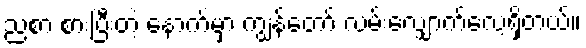
ညစာ စားပြီးတဲ့ နောက်မှာ ကျွန်တော် လမ်းလျှောက်လေ့ရှိတယ်။